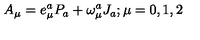
A _ { \mu } = e _ { \mu } ^ { a } P _ { a } + \omega _ { \mu } ^ { a } J _ { a } ; \mu = 0 , 1 , 2